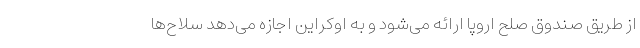
از طریق صندوق صلح اروپا ارائه می‌شود و به اوکراین اجازه می‌دهد سلاح‌ها